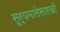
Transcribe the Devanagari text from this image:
सूर्यमालेसारखी